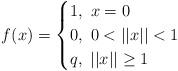
LaTeX: \begin{align*} f(x) = \begin{cases} 1,\ x=0\\ 0,\ 0<||x||<1\\ q,\ ||x||\ge 1 \end{cases}\end{align*}